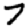
Digit: 7